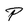
Character: P